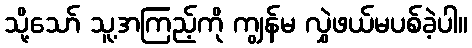
သို့သော် သူ့အကြည့်ကို ကျွန်မ လွှဲဖယ်မပစ်ခဲ့ပါ။